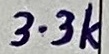
Text: 3.3k